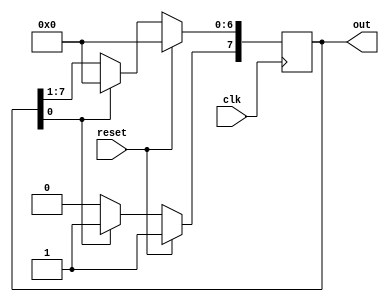
// external code must provide the clock signal

module ring_counter(out, clk, reset);
// reset makes the msb (so called) 1 and others 0
parameter n = 7;
input clk, reset;
output reg [n:0] out;

always @(posedge clk) begin
    if (reset)
    begin
        out = 0;
        out[n] = 1'b1;
    end
    else if (out[0] != 1'b1)
    out = out >> 1;
    else 
    begin
        out = 0;
        out[n] = 1'b1;
    end

    //to remove the last else if and else in 1 statement use non blocking assignment as below
    // out <= out >> 1;
    // out[n] <= out[0];
    
        // another solution
        // out = {out[0],out[n:1]};
end
endmodule